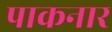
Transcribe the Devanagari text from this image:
पाकनार